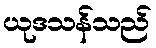
ယုဒသန်သည်